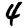
Digit: 4